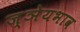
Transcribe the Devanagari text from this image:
ज्ञेयभाव